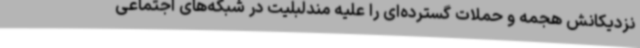
نزدیکانش هجمه و حملات گسترده‌ای را علیه مندلبلیت در شبکه‌های اجتماعی